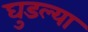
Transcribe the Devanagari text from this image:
घुडल्या